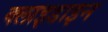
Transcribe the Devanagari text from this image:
क्लाइडाइन